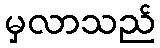
မှလာသည်